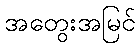
အတွေးအမြင်